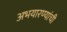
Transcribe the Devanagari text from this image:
अभयारण्यांची